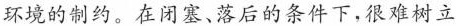
环境的制约。在闭塞、落后的条件下，很难树立